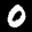
Label: 0